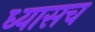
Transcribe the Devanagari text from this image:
ध्यासच